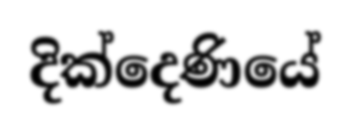
දික්දෙණියේ